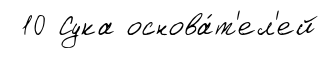
10 Сука основа́т'ел'ей